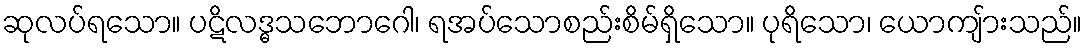
ဆုလပ်ရသော။ ပဋိလဒ္ဓသဘောဂေါ၊ ရအပ်သောစည်းစိမ်ရှိသော။ ပုရိသော၊ ယောကျ်ားသည်။